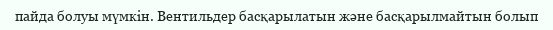
пайда болуы мүмкін. Вентильдер басқарылатын және басқарылмайтын болып